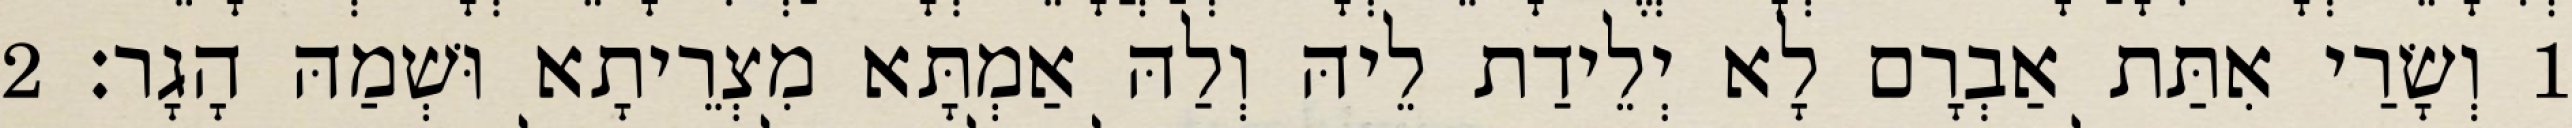
1 וְשָׂרַי אִתַּת אַבְרָם לָא יְלֵידַת לֵיהּ וְלַהּ אַמְתָּא מִצְרֵיתָא וּשְׁמַהּ הָגָר׃ 2